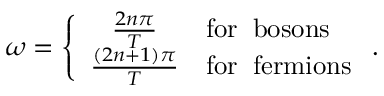
\omega = \left\{ \begin{array} { c l } { { { \frac { 2 n \pi } { T } } } } & { { \mathrm { f o r \; \; b o s o n s } } } \\ { { { \frac { ( 2 n + 1 ) \pi } { T } } } } & { { \mathrm { f o r \; \; f e r m i o n s } } } \end{array} \right. .